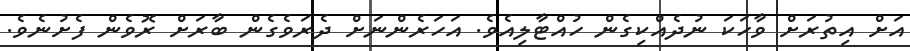
އަށް އިތުރަށް ވާހަކަ ނުދެއްކިގެން ހުއްޓާލިއެވެ. އަހަރެންނަށް ދެރަވެގެން ބާރަށް ރޮވެން ފެށުނެވެ.